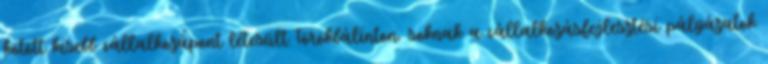
kötött kisebb vállalkozápont létesült Törökbálinton. soknak a vállalkozásfejlesztési pályázatok